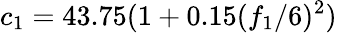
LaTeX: c_{1}=43.75(1+0.15({f_{1}}/{6})^{2})